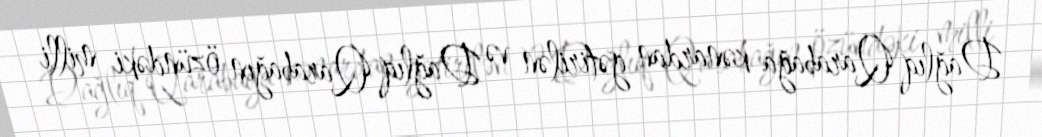
Dağlıq Qarabağa kənardan gətirilən və Dağlıq Qarabağın özündəki milli